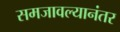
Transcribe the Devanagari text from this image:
समजावल्यानंतर